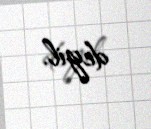
deyil.